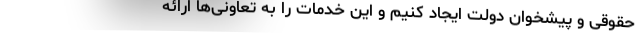
حقوقی و پیشخوان دولت ایجاد کنیم و این خدمات را به تعاونی‌ها ارائه